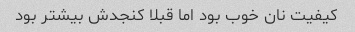
کیفیت نان خوب بود اما قبلا کنجدش بیشتر بود